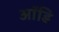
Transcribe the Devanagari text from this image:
ऑडि